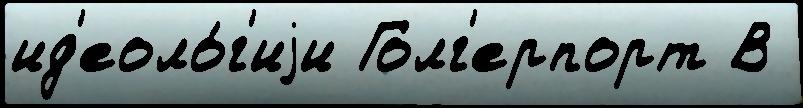
ид'еоло́г'иjи Голг'ерпорт В